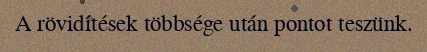
A rövidítések többsége után pontot teszünk.